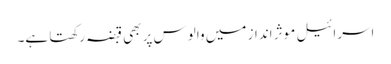
اسرائیل موثر انداز میں والوس پر بھی قبضہ رکھتا ہے۔